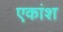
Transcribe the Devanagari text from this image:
एकांश